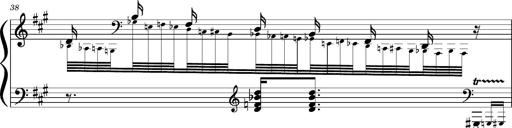
Title: Concerto sans orchestre, S.524a
Composer: Franz Liszt
Key: A major